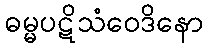
ဓမ္မပဋိသံဝေဒိနော